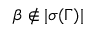
\beta \notin | \sigma ( \Gamma ) |